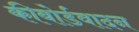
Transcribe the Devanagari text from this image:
कीबोर्डवादन